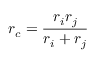
r _ { c } = \frac { r _ { i } r _ { j } } { r _ { i } + r _ { j } }